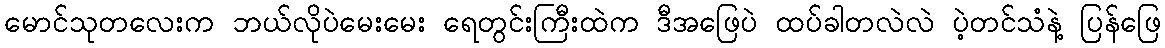
မောင်သုတလေးက ဘယ်လိုပဲမေးမေး ရေတွင်းကြီးထဲက ဒီအဖြေပဲ ထပ်ခါတလဲလဲ ပဲ့တင်သံနဲ့ ပြန်ဖြေ